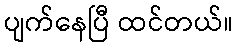
ပျက်နေပြီ ထင်တယ်။